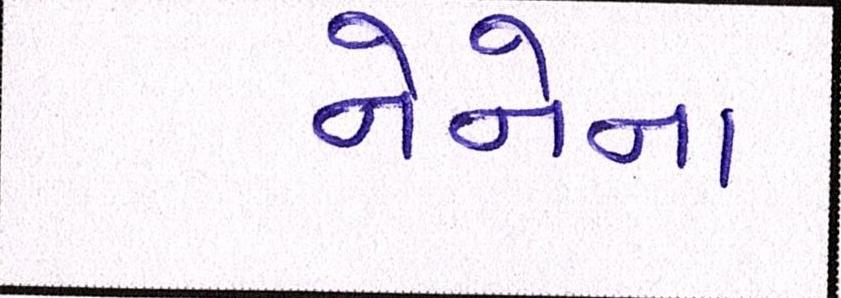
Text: નેનેના